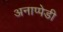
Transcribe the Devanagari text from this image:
अनाप्पेडी